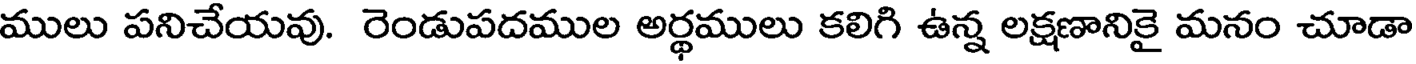
ములు పనిచేయవు. రెండుపదముల అర్థములు కలిగి ఉన్న లక్షణానికై మనం చూడా